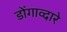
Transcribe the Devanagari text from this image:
डोंगाव्दारे